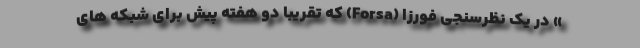
» در یک نظرسنجی فورزا (Forsa) که تقریباً دو هفته پیش برای شبکه های